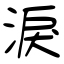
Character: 淚